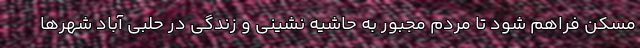
مسکن فراهم شود تا مردم مجبور به حاشیه نشینی و زندگی در حلبی آباد شهرها